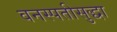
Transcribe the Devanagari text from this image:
वनस्पतीसुद्धा